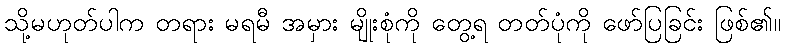
သို့မဟုတ်ပါက တရား မရမီ အမှား မျိုးစုံကို တွေ့ရ တတ်ပုံကို ဖော်ပြခြင်း ဖြစ်၏။